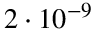
2 \cdot 1 0 ^ { - 9 }